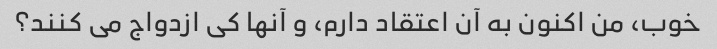
خوب، من اکنون به آن اعتقاد دارم، و آنها کی ازدواج می کنند؟